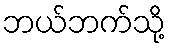
ဘယ်ဘက်သို့